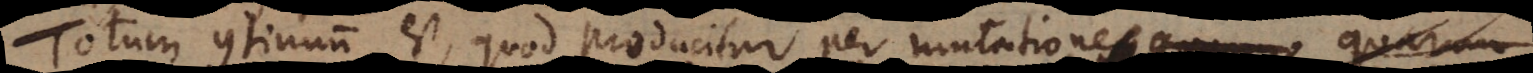
Totum continuum est, quod producitur per mutationem mutationes quarum